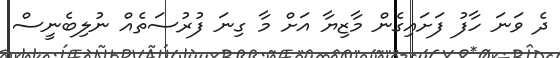
ދެ ވަނަ ހާފު ފަށައިގެން މާޒިޔާ އަށް މާ ގިނަ ފުރުސަތެއް ނުލިބެނީސް